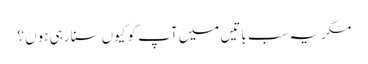
مگر یہ سب باتیں میں آپ کو کیوں سنا رہی ہوں ؟